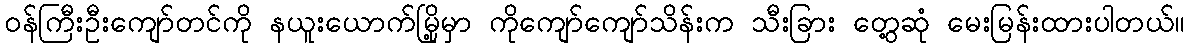
ဝန်ကြီးဦးကျော်တင်ကို နယူးယောက်မြို့မှာ ကိုကျော်ကျော်သိန်းက သီးခြား တွေ့ဆုံ မေးမြန်းထားပါတယ်။